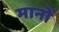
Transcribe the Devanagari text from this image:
मानोँ